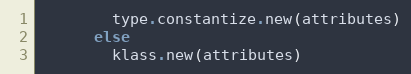
Language: Ruby
        type.constantize.new(attributes)
      else
        klass.new(attributes)